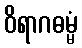
ဝိရာဂဓမ္မံ